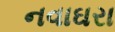
નવાઘરા